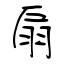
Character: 扇